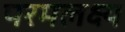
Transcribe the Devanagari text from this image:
परमलक्ष्य